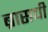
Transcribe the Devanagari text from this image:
ब्रासची